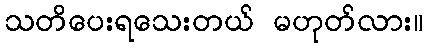
သတိပေးရသေးတယ် မဟုတ်လား။